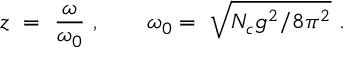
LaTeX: z \ = \ \frac \omega { \omega _ { 0 } } \ , \qquad \omega _ { 0 } = \ \sqrt { N _ { c } g ^ { 2 } / 8 \pi ^ { 2 } } \ .